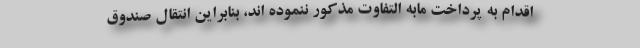
اقدام به پرداخت مابه التفاوت مذکور ننموده اند، بنابراین انتقال صندوق